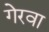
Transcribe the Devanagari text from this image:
गेरवा